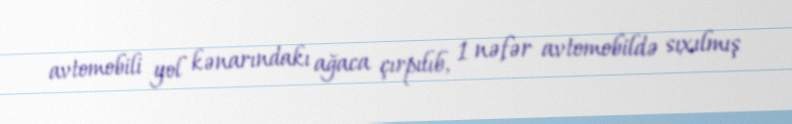
avtomobili yol kənarındakı ağaca çırpılıb, 1 nəfər avtomobildə sıxılmış